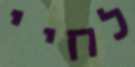
לחיי